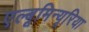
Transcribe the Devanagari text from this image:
एल्बूमिन्यूरिया